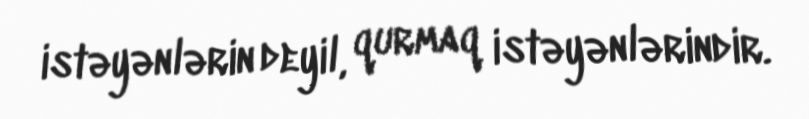
istəyənlərin deyil, qurmaq istəyənlərindir.